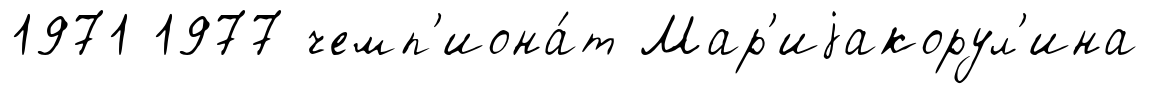
1971 1977 чемп'иона́т Мар'иjакорул'ина